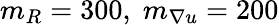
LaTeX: m_{R}=300,\; m_{\nabla u}=200